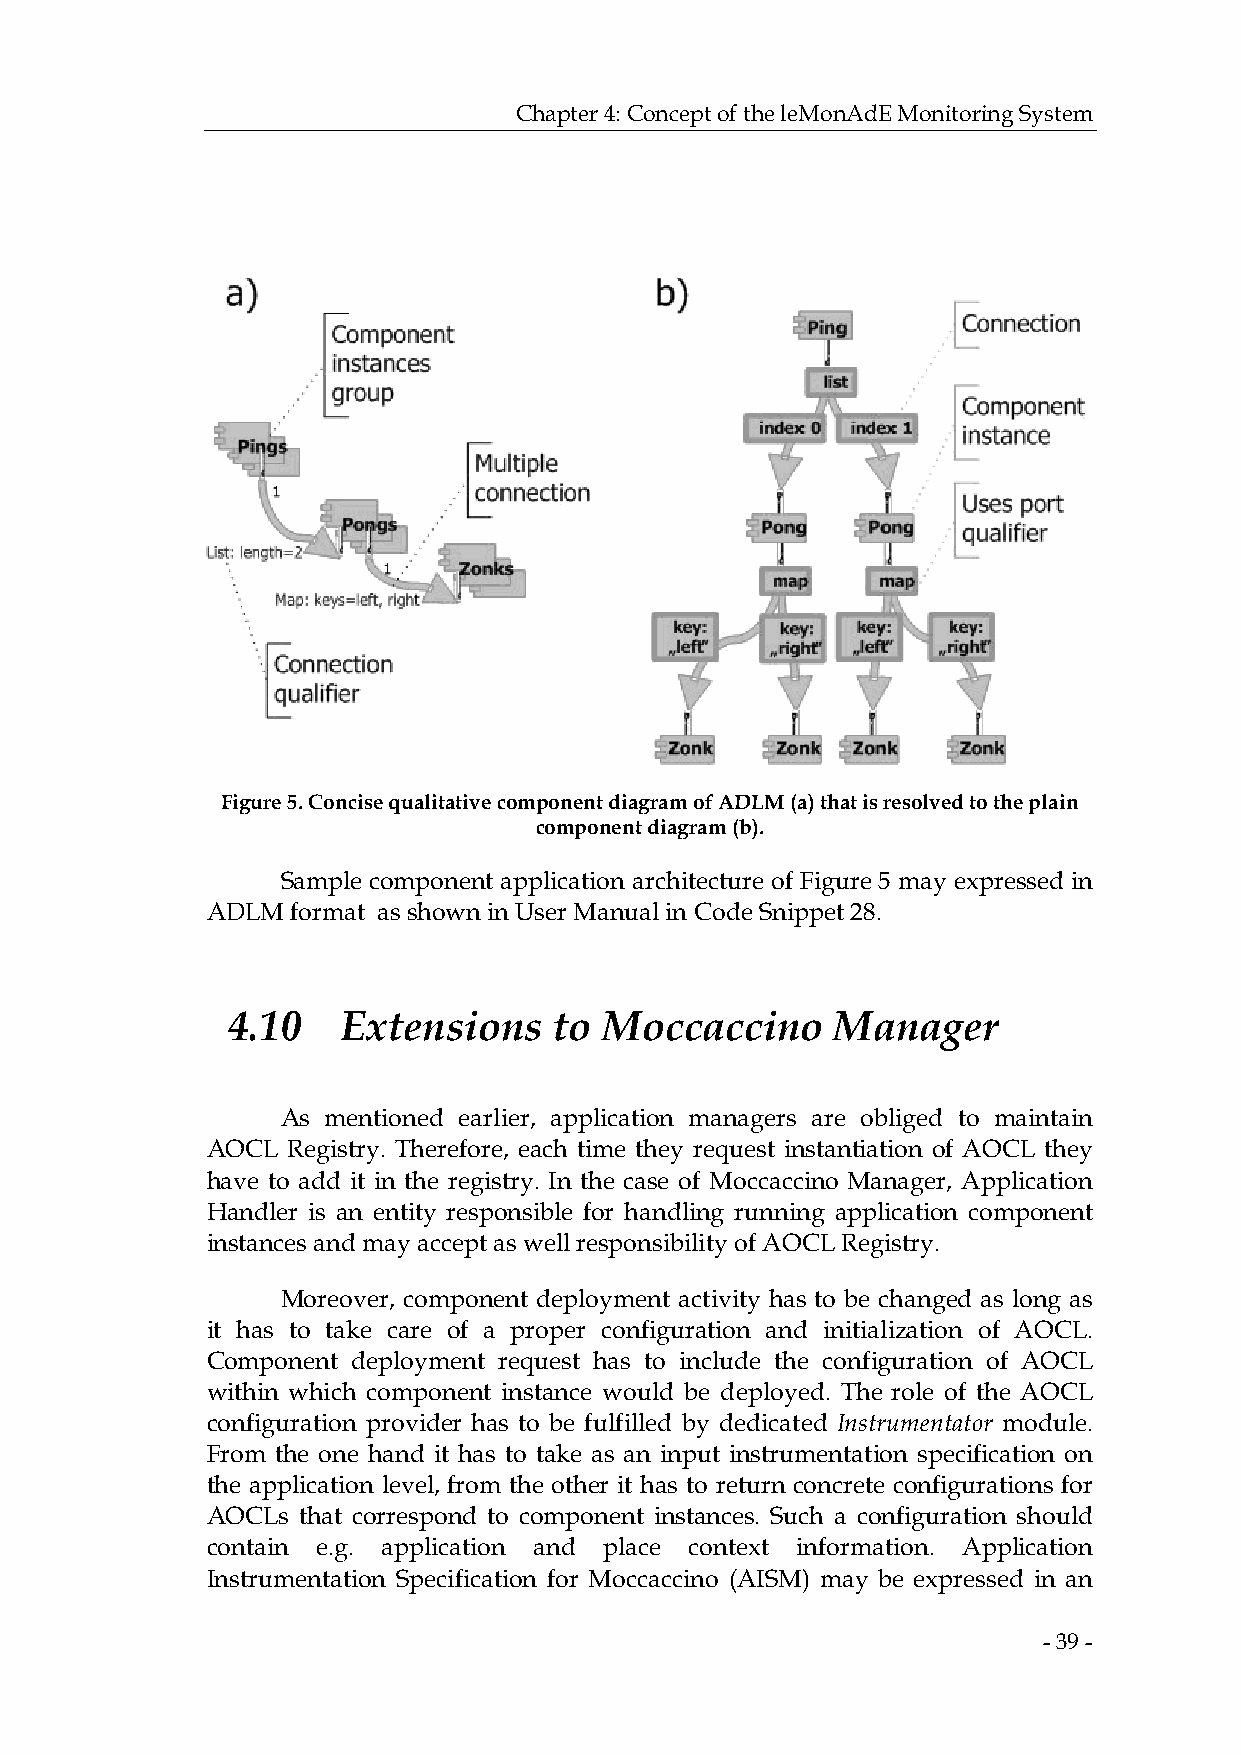
Chapter 4: Concept of the leMonAdE Monitoring System
 Figure 5. Concise qualitative component diagram of ADLM (a) that is resolved to the plain
 component diagram (b).
 Sample component application architecture of Figure 5 may expressed in
 ADLM format as shown in User Manual in Code Snippet 28.
 4.10    Extensions    to Moccaccino     Manager
 As mentioned earlier, application managers are obliged to maintain
 AOCL Registry. Therefore, each time they request instantiation of AOCL they
 have to add it in the registry. In the case of Moccaccino Manager, Application
 Handler is an entity responsible for handling running application component
 instances and may accept as well responsibility of AOCL Registry.
 Moreover, component deployment activity has to be changed as long as
 it has to take care of a proper configuration and initialization of AOCL.
 Component deployment request has to include the configuration of AOCL
 within which component instance would be deployed. The role of the AOCL
 configuration provider has to be fulfilled by dedicated Instrumentator module.
 From the one hand it has to take as an input instrumentation specification on
 the application level, from the other it has to return concrete configurations for
 AOCLs that correspond to component instances. Such a configuration should
 contain e.g. application and place context information. Application
 Instrumentation Specification for Moccaccino (AISM) may be expressed in an
 - 39 -